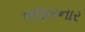
વધારનાર